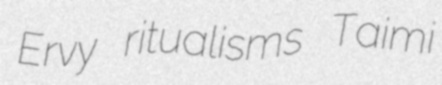
Ervy ritualisms Taimi